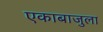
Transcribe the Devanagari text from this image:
एकाबाजुला